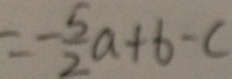
= - \frac { 5 } { 2 } a + b - c